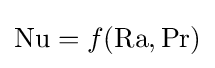
\mathrm {Nu} =f(\mathrm {Ra} ,\mathrm {Pr} )